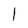
Character: 1